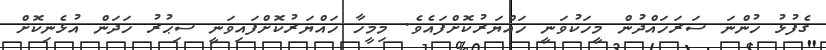
ގެފުޅު ހުންނަ ސަރަހައްދުން މީހަކުވަނީ ހައްޔަރުކޮށްފައެވެ. މިމީހާ ހައްޔަރުކޮށްފައިވަނީ ސިޙުރު ހަދަން އުޅެނިކޮށް